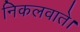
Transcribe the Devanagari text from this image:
निकलवाते।